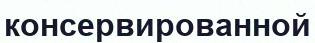
консервированной